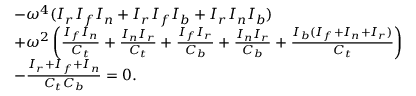
\begin{array} { r l } & { - \omega ^ { 4 } ( I _ { r } I _ { f } I _ { n } + I _ { r } I _ { f } I _ { b } + I _ { r } I _ { n } I _ { b } ) } \\ & { + \omega ^ { 2 } \left( \frac { I _ { f } I _ { n } } { C _ { t } } + \frac { I _ { n } I _ { r } } { C _ { t } } + \frac { I _ { f } I _ { r } } { C _ { b } } + \frac { I _ { n } I _ { r } } { C _ { b } } + \frac { I _ { b } ( I _ { f } + I _ { n } + I _ { r } ) } { C _ { t } } \right) } \\ & { - \frac { I _ { r } + I _ { f } + I _ { n } } { C _ { t } C _ { b } } = 0 . } \end{array}